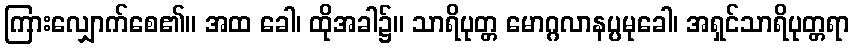
ကြားလျှောက်စေ၏။ အထ ခေါ၊ ထိုအခါ၌။ သာရိပုတ္တ မောဂ္ဂလာနပ္ပမုခေါ၊ အရှင်သာရိပုတ္တရာ